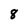
Character: 8